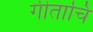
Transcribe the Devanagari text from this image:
गीताचि